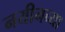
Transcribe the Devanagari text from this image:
नयीनच्या